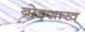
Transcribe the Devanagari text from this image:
बोइशाख